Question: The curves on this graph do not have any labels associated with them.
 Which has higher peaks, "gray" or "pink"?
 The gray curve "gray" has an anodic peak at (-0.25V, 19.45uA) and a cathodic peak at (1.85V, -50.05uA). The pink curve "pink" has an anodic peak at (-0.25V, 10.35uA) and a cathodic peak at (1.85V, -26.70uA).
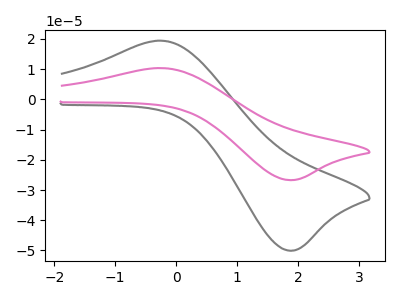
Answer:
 <answer>Every peak in "gray" is higher than every peak in "pink".</answer>
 <eval>higher</eval>